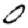
Digit: 0